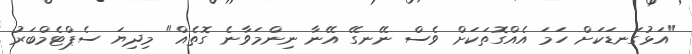
"އަޅުގަނޑަކަށް ހަމަ އެއްގޮތަކަށް ވެސް ނޭނގޭ އޭނާ ނިންމަވާނެ ގޮތެއް" މިދިޔަ ސެޕްޓެމްބަރު